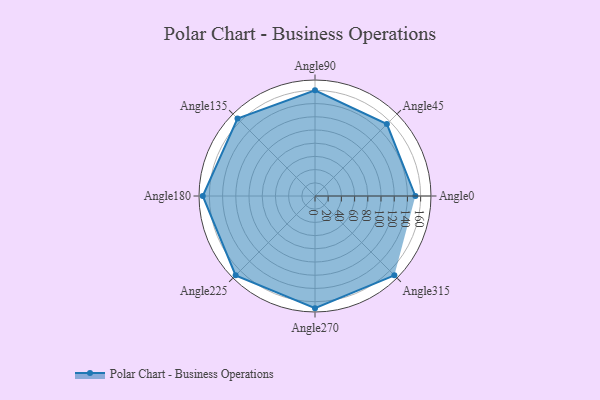
{"axis": {"x": "Angle", "y": "Radius"}, "legend": [""], "data": [{"x": "Angle0", "y": 152.0, "type": ""}, {"x": "Angle45", "y": 154.0, "type": ""}, {"x": "Angle90", "y": 160.0, "type": ""}, {"x": "Angle135", "y": 166.0, "type": ""}, {"x": "Angle180", "y": 170, "type": ""}, {"x": "Angle225", "y": 170, "type": ""}, {"x": "Angle270", "y": 170, "type": ""}, {"x": "Angle315", "y": 170, "type": ""}]}